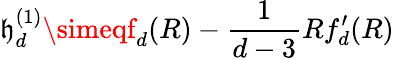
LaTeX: \mathfrak{h}_{d}^{(1)}\simeqf_{d}(R)-\frac{{1}}{{d-3}}Rf_{d}^{\prime}(R)